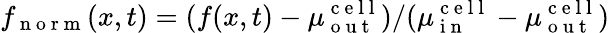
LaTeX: f_{\mathrm{~n~o~r~m~}}(x,t)=(f(x,t)-\mu_{\mathrm{~o~u~t~}}^{\mathrm{~c~e~l~l~}})/(\mu_{\mathrm{~i~n~}}^{\mathrm{~c~e~l~l~}}-\mu_{\mathrm{~o~u~t~}}^{\mathrm{~c~e~l~l~}})